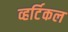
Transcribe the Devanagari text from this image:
व्हर्टिकल